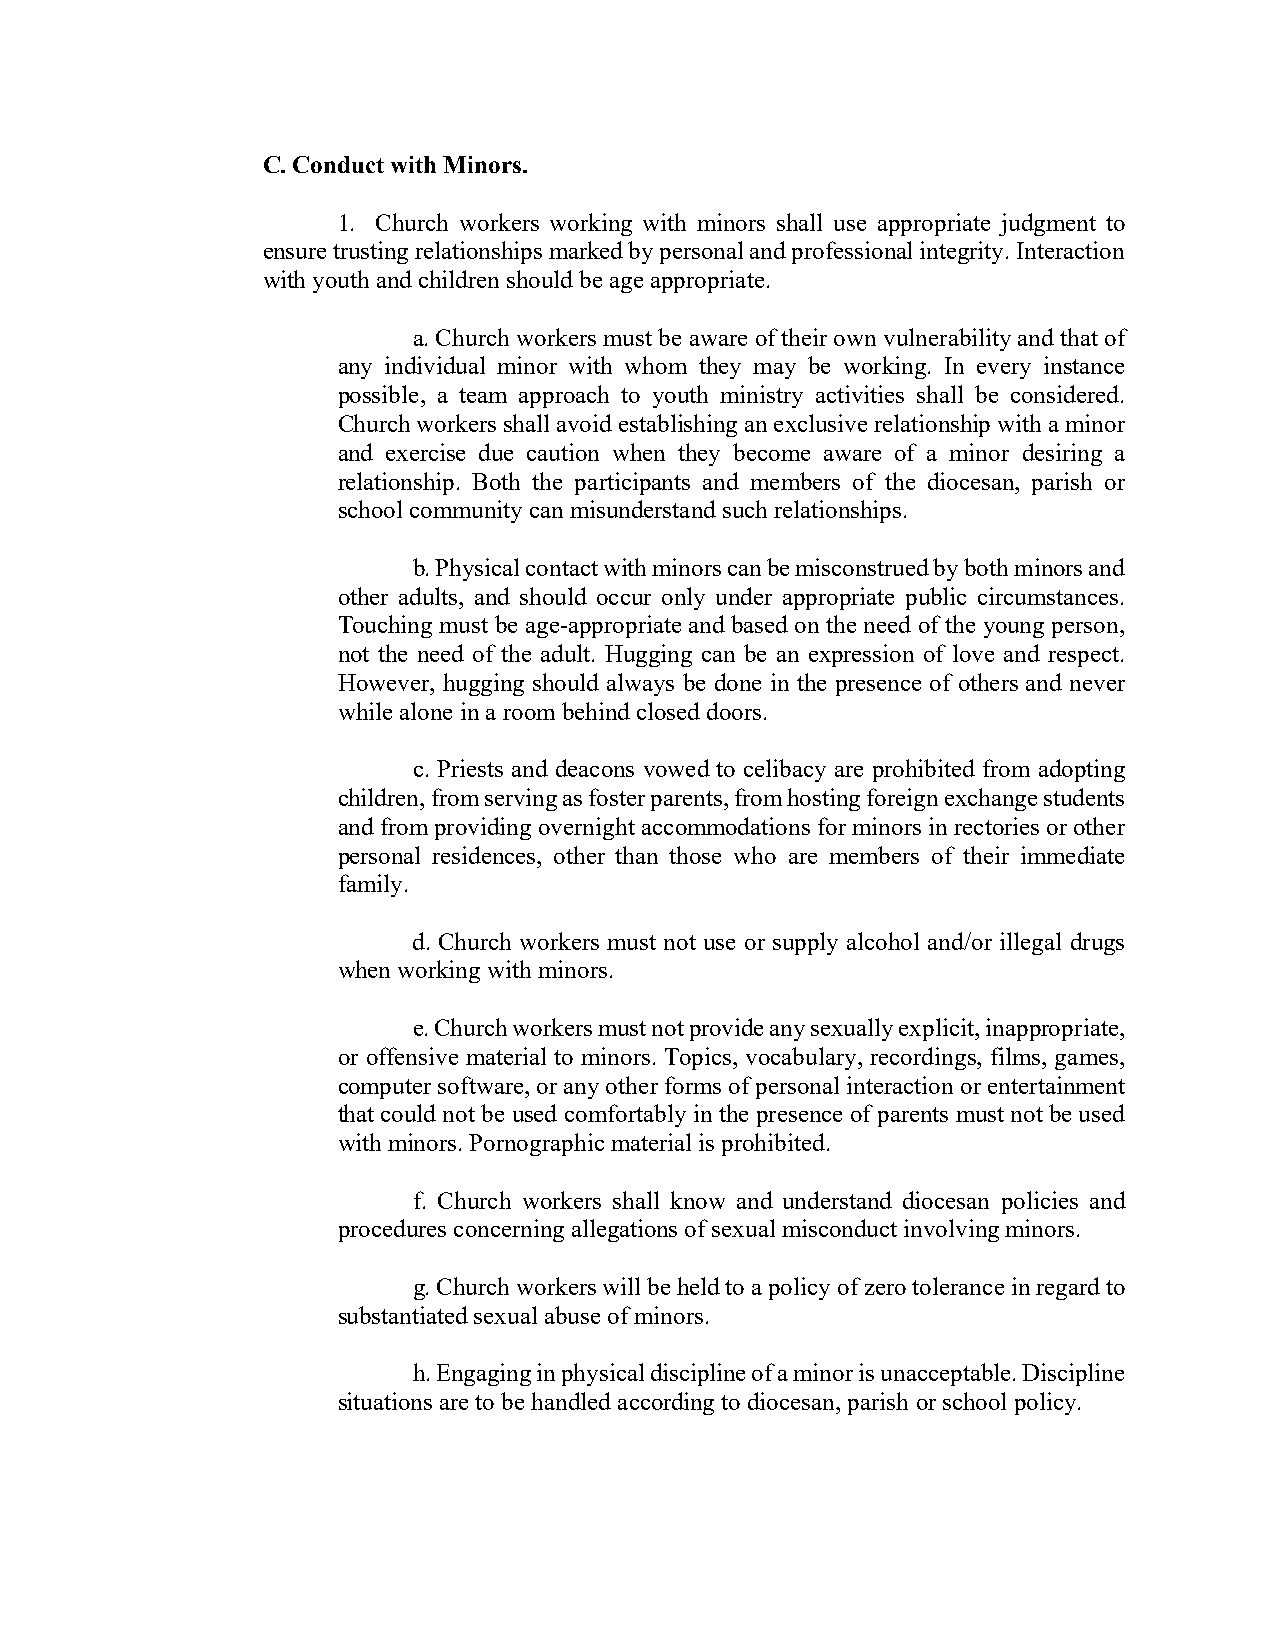
C. Conduct with Minors.
 1. Church workers working with minors shall use appropriate judgment to
 ensure trusting relationships marked by personal and professional integrity. Interaction
 with youth and children should be age appropriate.
 a. Church workers must be aware of their own vulnerability and that of
 any individual minor with whom they may be working. In every instance
 possible, a team approach to youth ministry activities shall be considered.
 Church workers shall avoid establishing an exclusive relationship with a minor
 and exercise due caution when they become aware of a minor desiring a
 relationship. Both the participants and members of the diocesan, parish or
 school community can misunderstand such relationships.
 b. Physical contact with minors can be misconstrued by both minors and
 other adults, and should occur only under appropriate public circumstances.
 Touching must be age-appropriate and based on the need of the young person,
 not the need of the adult. Hugging can be an expression of love and respect.
 However, hugging should always be done in the presence of others and never
 while alone in a room behind closed doors.
 c. Priests and deacons vowed to celibacy are prohibited from adopting
 children, from serving as foster parents, from hosting foreign exchange students
 and from providing overnight accommodations for minors in rectories or other
 personal residences, other than those who are members of their immediate
 family.
 d. Church workers must not use or supply alcohol and/or illegal drugs
 when working with minors.
 e. Church workers must not provide any sexually explicit, inappropriate,
 or offensive material to minors. Topics, vocabulary, recordings, films, games,
 computer software, or any other forms of personal interaction or entertainment
 that could not be used comfortably in the presence of parents must not be used
 with minors. Pornographic material is prohibited.
 f. Church workers shall know and understand diocesan policies and
 procedures concerning allegations of sexual misconduct involving minors.
 g. Church workers will be held to a policy of zero tolerance in regard to
 substantiated sexual abuse of minors.
 h. Engaging in physical discipline of a minor is unacceptable. Discipline
 situations are to be handled according to diocesan, parish or school policy.